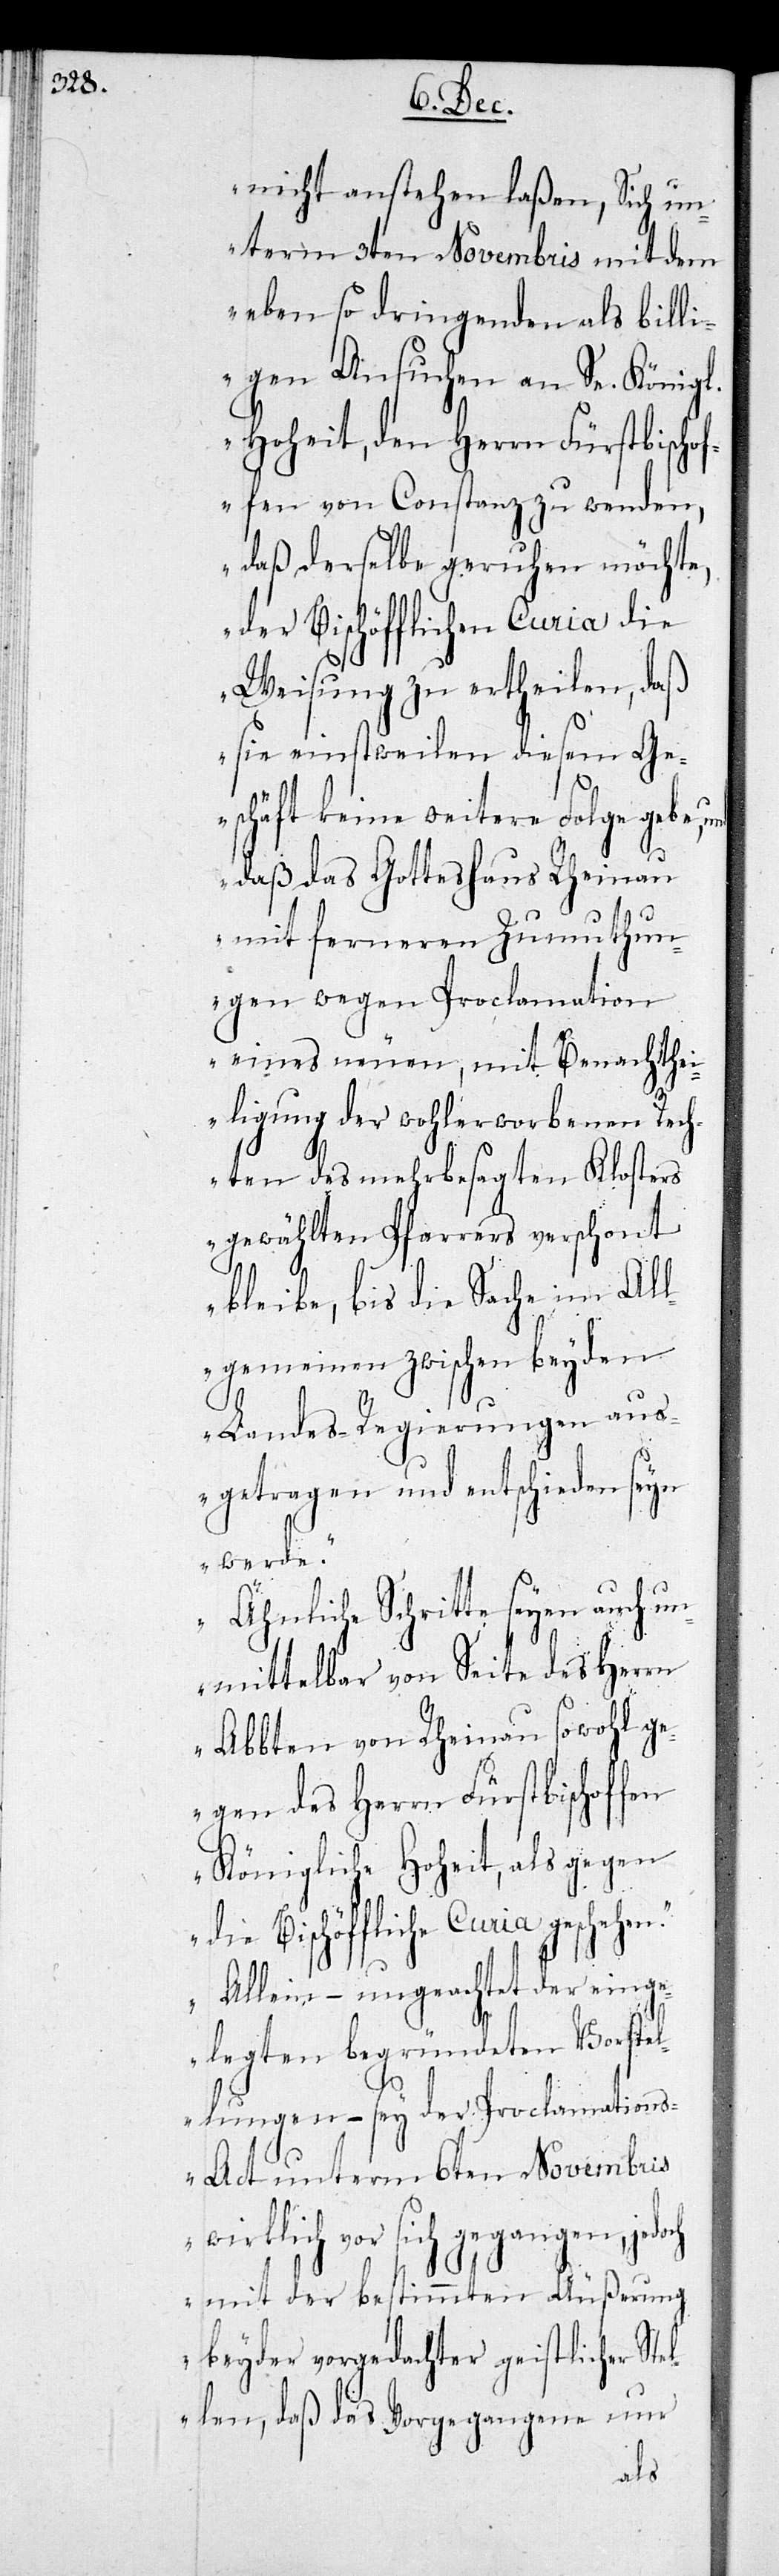
hen.
nicht anstehen laßen, Sich un¬
term 3ten Novembris mit dem
eben so dringenden als billi¬
gen Ansuchen an Sr. Königl.
Hoheit, den Herrn Fürstbischo¬
ffen von Constanz zu wenden,
daß derselbe geruhen möchte,
der Bischöfflichen Curia die
Weisung zu ertheilen, daß
sie einstweilen diesem Ge¬
schäft keine weitere Folge gebe,
daß das Gotteshaus Rheinau
mit ferneren Zumuthun¬
gen wegen Proclamation
eines neuen, mit Benachthei¬
ligung der wohlerworbenen Rech¬
ten des mehrbesagten Klosters
gewählten Pfarrers verschont
bleiben, bis die Sache im All¬
gemeinen zwischen beyden
Landes-Regierungen aus¬
getragen und entschieden seyn
werde.
Ähnliche Schritte seyen auch un¬
mittelbar von Seite des Herrn
Abbten von Rheinau sowohl ge¬
gen den Herrn Fürstbischoffen
Königliche Hoheit, als gegen
die Bischöffliche Curia gesche¬
Allein – ungeachtet der einge¬
legten begründeten Vorstel¬
lungen – sey der Proclamation¬
s-Act unterm 6ten Novembris
wirklich vor sich gegangen, jedoch
mit der bestimmten Äußerung
beyder vorgedachter geistlicher St¬
ellen, daß das Vorgegangene nur